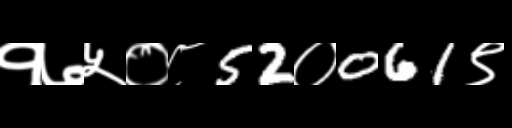
Text: १७५०८52०061९